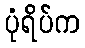
ပုံရိပ်က